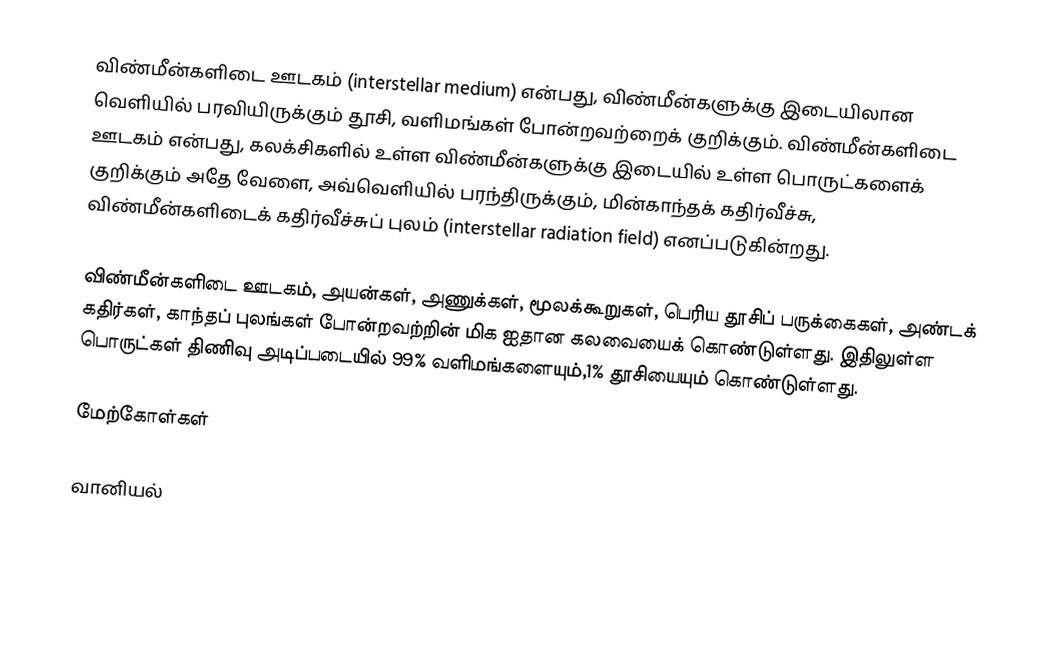
விண்மீன்களிடை ஊடகம் (interstellar medium) என்பது, விண்மீன்களுக்கு இடையிலான வெளியில் பரவியிருக்கும் தூசி, வளிமங்கள் போன்றவற்றைக் குறிக்கும். விண்மீன்களிடை ஊடகம் என்பது, கலக்சிகளில் உள்ள விண்மீன்களுக்கு இடையில் உள்ள பொருட்களைக் குறிக்கும் அதே வேளை, அவ்வெளியில் பரந்திருக்கும், மின்காந்தக் கதிர்வீச்சு, விண்மீன்களிடைக் கதிர்வீச்சுப் புலம் (interstellar radiation field) எனப்படுகின்றது.

விண்மீன்களிடை ஊடகம், அயன்கள், அணுக்கள், மூலக்கூறுகள், பெரிய தூசிப் பருக்கைகள், அண்டக் கதிர்கள், காந்தப் புலங்கள் போன்றவற்றின் மிக ஐதான கலவையைக் கொண்டுள்ளது. இதிலுள்ள பொருட்கள் திணிவு அடிப்படையில் 99% வளிமங்களையும்,1% தூசியையும் கொண்டுள்ளது.

மேற்கோள்கள்

வானியல்